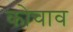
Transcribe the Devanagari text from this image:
कोचाव